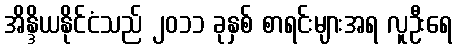
အိန္ဒိယနိုင်ငံသည် ၂၀၁၁ ခုနှစ် စာရင်းများအရ လူဦးရေ